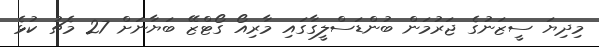
މިދިޔަ ސީޒަނުގެ ޖަރުމަން ބުންޑަސްލީގާގައި މާރިއޯ ގޯޓްޒޭ ބަޔާނަށް 27 މެޗު ކުޅެ